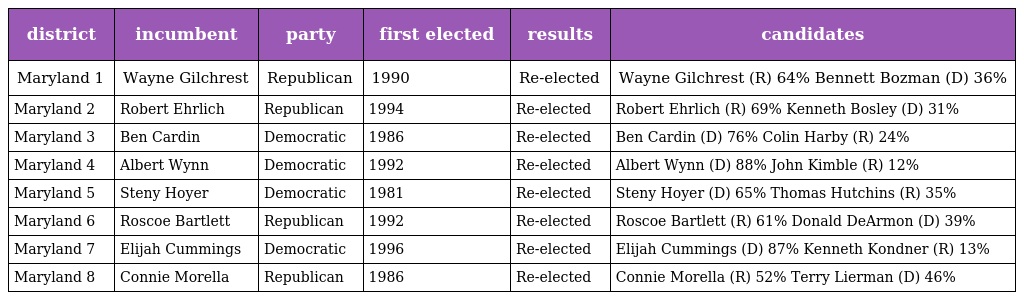
| district | incumbent | party | first elected | results | candidates |
 | --- | --- | --- | --- | --- | --- |
 | Maryland 1 | Wayne Gilchrest | Republican | 1990 | Re-elected | Wayne Gilchrest (R) 64% Bennett Bozman (D) 36% |
 | Maryland 2 | Robert Ehrlich | Republican | 1994 | Re-elected | Robert Ehrlich (R) 69% Kenneth Bosley (D) 31% |
 | Maryland 3 | Ben Cardin | Democratic | 1986 | Re-elected | Ben Cardin (D) 76% Colin Harby (R) 24% |
 | Maryland 4 | Albert Wynn | Democratic | 1992 | Re-elected | Albert Wynn (D) 88% John Kimble (R) 12% |
 | Maryland 5 | Steny Hoyer | Democratic | 1981 | Re-elected | Steny Hoyer (D) 65% Thomas Hutchins (R) 35% |
 | Maryland 6 | Roscoe Bartlett | Republican | 1992 | Re-elected | Roscoe Bartlett (R) 61% Donald DeArmon (D) 39% |
 | Maryland 7 | Elijah Cummings | Democratic | 1996 | Re-elected | Elijah Cummings (D) 87% Kenneth Kondner (R) 13% |
 | Maryland 8 | Connie Morella | Republican | 1986 | Re-elected | Connie Morella (R) 52% Terry Lierman (D) 46% |